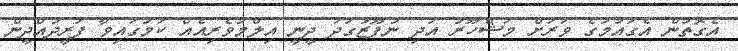
އެގޮތުން އެގައުމުގެ ވަރަށް މަޝްހޫރު އަދި ނުފޫޒުގަދަ ދީނީ އިލްމުވެރިއެއް ކަމުގައިވާ ފަރީދުއްދީން